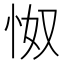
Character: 怓